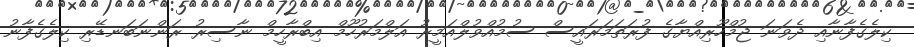
ކިލެގެފާނާއި ދެވަނަ ޖުމްހޫރިއްޔާގެ ފުރަތަމަރައީސް ސުމުއްވުލްއަމީރު އަލްމަރުހޫމް އިބްރާހީމް ނާސިރު ރަންނަބަނޑޭރި ކިލެގެފާނު